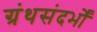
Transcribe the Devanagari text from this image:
ग्रंथसंदर्भों